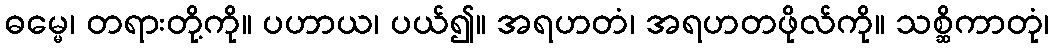
ဓမ္မေ၊ တရားတို့ကို။ ပဟာယ၊ ပယ်၍။ အရဟတံ၊ အရဟတဖိုလ်ကို။ သစ္ဆိကာတုံ၊